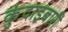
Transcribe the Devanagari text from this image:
कुंदाइबारी